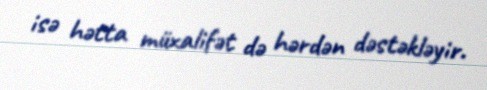
isə hətta müxalifət də hərdən dəstəkləyir.